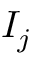
I _ { j }